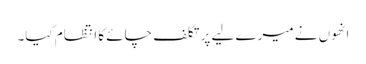
انھوں نے میرے لیے پر تکلف چائے کا انتظام کیا۔